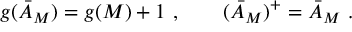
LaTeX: g ( \bar { \cal { A } } _ { M } ) = g ( M ) + 1 \ , \qquad ( \bar { \cal { A } } _ { M } ) ^ { + } = \bar { \cal { A } } _ { M } \ .